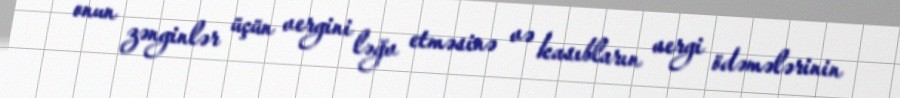
onun zənginlər üçün vergini ləğv etməsinə və kasıbların vergi ödəmələrinin